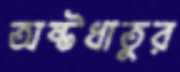
অষ্টধাতুর